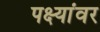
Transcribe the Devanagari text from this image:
पक्ष्यांवर